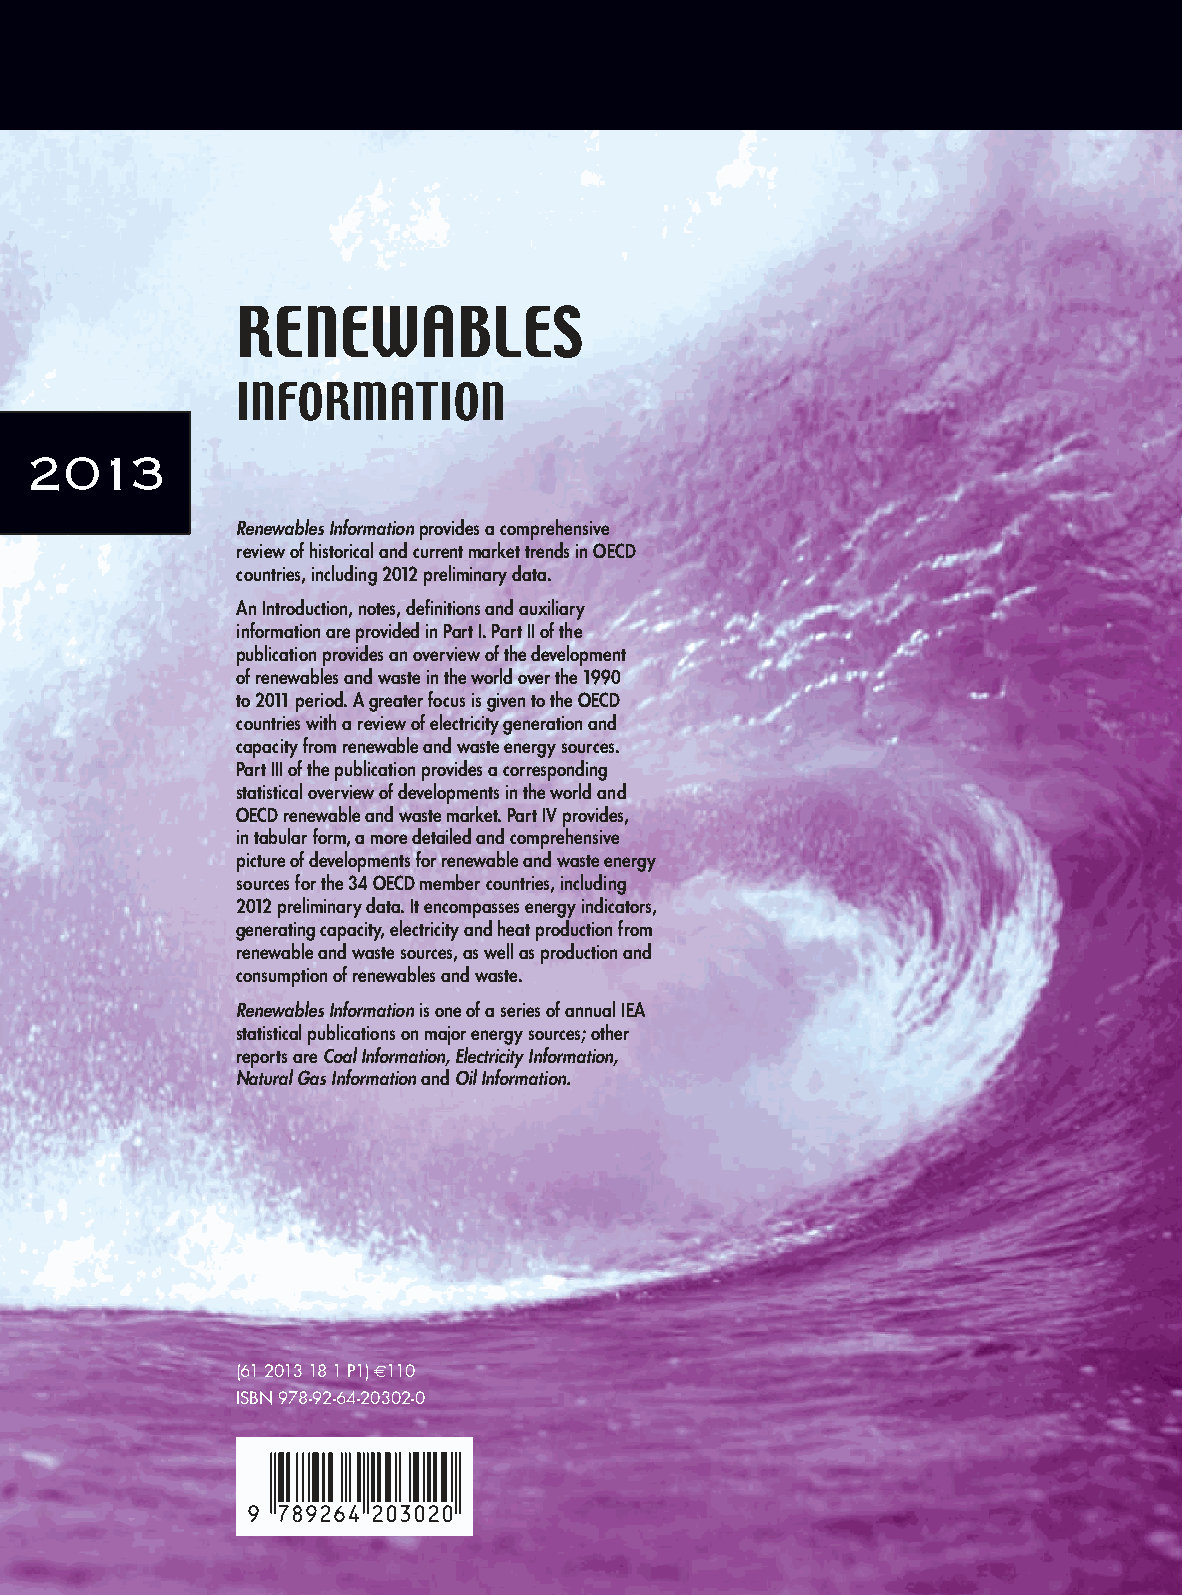
RENEWABLES
 INFORMATION
 2013
 Renewables Information provides a comprehensive
 review of historical and current market trends in OECD
 countries, including 2012 preliminary data.
 An Introduction, notes, definitions and auxiliary
 information are provided in Part I. Part II of the
 publication provides an overview of the development
 of renewables and waste in the world over the 1990
 to 2011 period. A greater focus is given to the OECD
 countries with a review of electricity generation and
 capacity from renewable and waste energy sources.
 Part III of the publication provides a corresponding
 statistical overview of developments in the world and
 OECD renewable and waste market. Part IV provides,
 in tabular form, a more detailed and comprehensive
 picture of developments for renewable and waste energy
 sources for the 34 OECD member countries, including
 2012 preliminary data. It encompasses energy indicators,
 generating capacity, electricity and heat production from
 renewable and waste sources, as well as production and
 consumption of renewables and waste.
 Renewables Information is one of a series of annual IEA
 statistical publications on major energy sources; other
 reports are Coal Information, Electricity Information,
 Natural Gas Information and Oil Information.
 (61 2013 18 1 P1) e110
 ISBN 978-92-64-20302-0
 -:HSTCQE=WUXUWU: